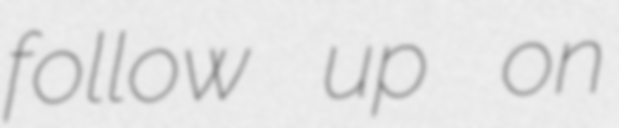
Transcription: follow up on